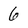
Character: 6